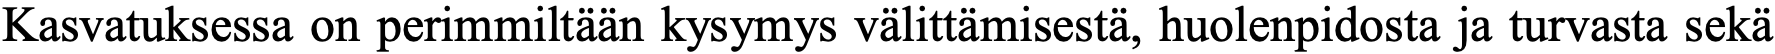
Kasvatuksessa on perimmiltään kysymys välittämisestä, huolenpidosta ja turvasta sekä